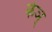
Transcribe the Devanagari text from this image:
केञ्